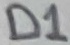
Text: D1